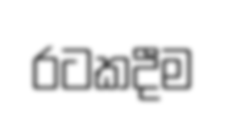
රටකදීම